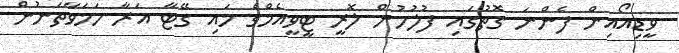
ވީޑިއޯއިން ފެންނަ ގޮތުގައި ފުލުހުން ލޮރީ ޓީވީއެމްގެ މައި ގޭޓާ އަރާ ހަމަވާތަނުން